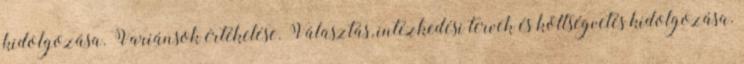
kidolgozása. Variánsok értékelése. Választás, intézkedési tervek és költségvetés kidolgozása.